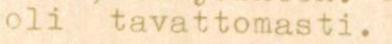
oli tavattomasti.